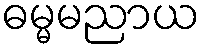
ဓမ္မမညာယ